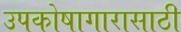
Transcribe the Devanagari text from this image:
उपकोषागारासाठी